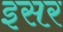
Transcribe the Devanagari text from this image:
इसर